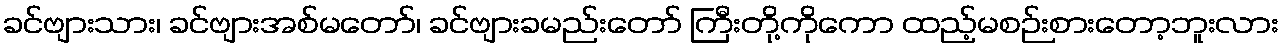
ခင်ဗျားသား၊ ခင်ဗျားအစ်မတော်၊ ခင်ဗျားခမည်းတော် ကြီးတို့ကိုကော ထည့်မစဉ်းစားတော့ဘူးလား